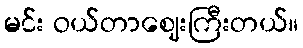
မင်း ဝယ်တာဈေးကြီးတယ်။